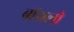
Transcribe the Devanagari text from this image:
बॉयलो